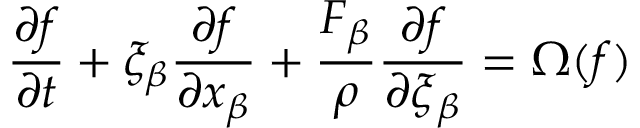
\frac { \partial { f } } { \partial { t } } + { \xi _ { \beta } } \frac { \partial { f } } { \partial { x _ { \beta } } } + \frac { F _ { \beta } } { \rho } \frac { \partial { f } } { \partial { \xi { _ { \beta } } } } = \Omega ( f )